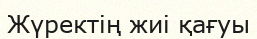
Жүректің жиі қағуы